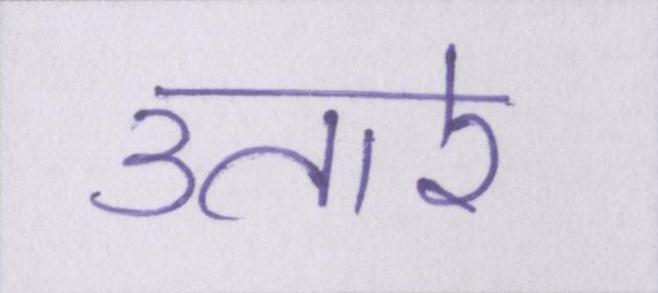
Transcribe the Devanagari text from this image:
उतारे